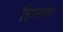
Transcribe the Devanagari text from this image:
शिल्हण